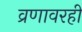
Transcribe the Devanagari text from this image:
व्रणावरही